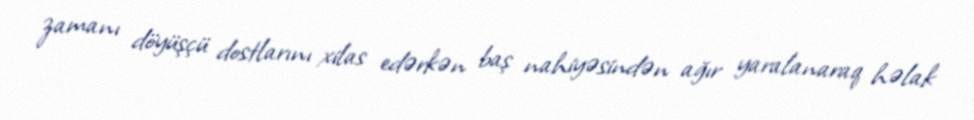
zamanı döyüşçü dostlarını xilas edərkən baş nahiyəsindən ağır yaralanaraq həlak